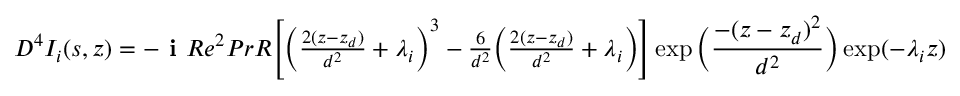
\begin{array} { r } { D ^ { 4 } I _ { i } ( s , z ) = - \textbf { i } R e ^ { 2 } P r R \Bigg [ \bigg ( \frac { 2 ( z - z _ { d } ) } { d ^ { 2 } } + \lambda _ { i } \bigg ) ^ { 3 } - \frac { 6 } { d ^ { 2 } } \bigg ( \frac { 2 ( z - z _ { d } ) } { d ^ { 2 } } + \lambda _ { i } \bigg ) \Bigg ] \exp \bigg ( \displaystyle \frac { - ( z - z _ { d } ) ^ { 2 } } { d ^ { 2 } } \bigg ) \exp ( - \lambda _ { i } z ) } \end{array}